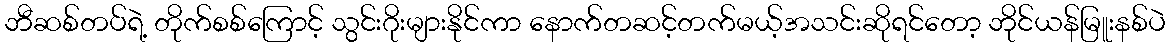
ဘီဆစ်တပ်ရဲ့ တိုက်စစ်ကြောင့် သွင်းဂိုးများနိုင်ကာ နောက်တဆင့်တက်မယ့်အသင်းဆိုရင်တော့ ဘိုင်ယန်မြူးနစ်ပဲ